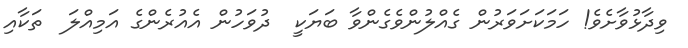
ވިދާޅުވާށެވެ! ހަމަކަށަވަރުން ގެއްލުންވެގެންވާ ބަޔަކީ  ދުވަހުން އެއުރެންގެ އަމިއްލަ  ތަކާއި